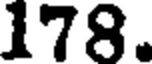
178.